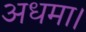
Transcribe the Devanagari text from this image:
अधमा।